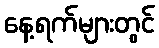
နေ့ရက်များတွင်